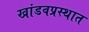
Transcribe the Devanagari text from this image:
खांडवप्रस्थात